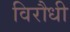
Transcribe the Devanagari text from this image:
विरौधी